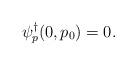
LaTeX: \begin{align*}\psi^\dagger_p(0,p_0) = 0.\end{align*}